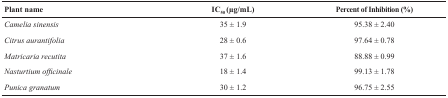
<table><thead><tr><td><b>Plant name</b></td><td><b>IC<sub>50</sub> (μg/mL)</b></td><td><b>Percent of Inhibition (%)</b></td></tr></thead><tbody><tr><td><i>Camelia sinensis</i></td><td>35 ± 1.9</td><td>95.38 ± 2.40</td></tr><tr><td><i>Citrus aurantifolia</i></td><td>28 ± 0.6</td><td>97.64 ± 0.78</td></tr><tr><td><i>Matricaria recutita</i></td><td>37 ± 1.6</td><td>88.88 ± 0.99</td></tr><tr><td><i>Nasturtium officinale</i></td><td>18 ± 1.4</td><td>99.13 ± 1.78</td></tr><tr><td><i>Punica granatum</i></td><td>30 ± 1.2</td><td>96.75 ± 2.55</td></tr></tbody></table>